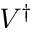
V ^ { \dagger }